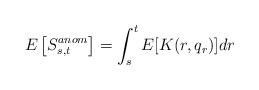
LaTeX: \begin{align*}&E\left[S_{s,t}^{anom}\right]=\int_{s}^t E[K(r,q_r)]dr\end{align*}